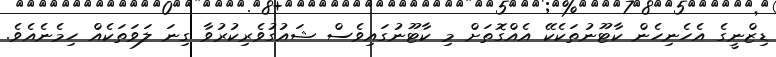
ޑިޒްނީގެ އެހެނިހެން ކާޓޫނުތަކެކޭ އެއްގޮތަށް މި ކާޓޫނުގައިވެސް ޝައުގުވެރިކުރުވާ ގިނަ ލަވަތަކެއް ހިމެނެއެވެ.